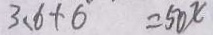
3 . 6 + 6 = 5 0 x